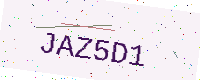
Text: JAZ5D1